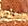
أبكر